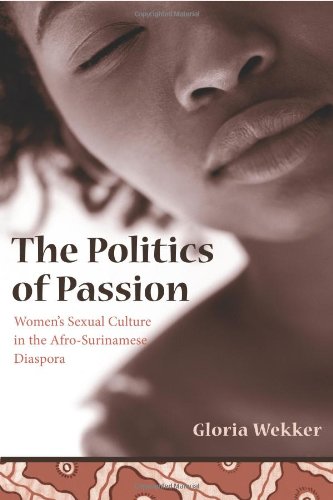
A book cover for The Politics of Passion: Women's Sexual Culture in the Afro-Surinamese Diaspora (Between Men-Between Women: Lesbian and Gay Studies); Gloria Wekker; Gay & Lesbian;